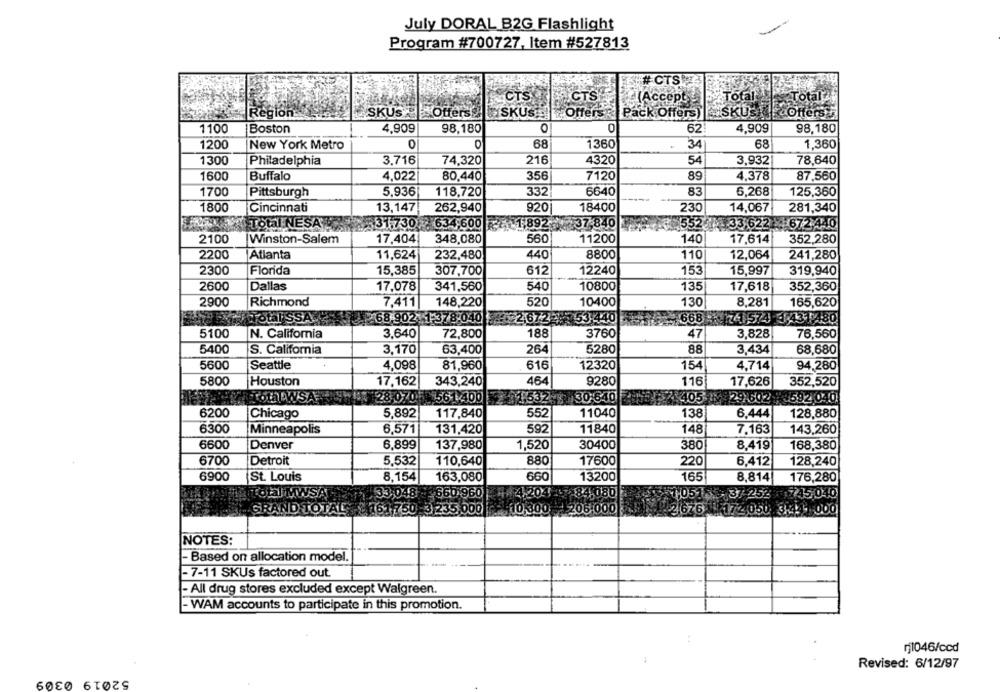
July DORAL B2G Flashlight
Program #700727, Item #527813
CTS
CTS
CTS-
elAccept
"Total !!
Total
Region
SKUS - Offers SKUS Offers Pack Offers) SKUs
Offers
1100
Boston
4,909
98,180
0
0
62!
4,909
98,180
1200
New York Metro
O
68
1360
34
68
1,360
1300
Philadelphia
3,716
74,320
216
4320
54
3,932
78,640
1600
Buffalo
4,022
80,440
356
7120
89
4,378
87,560
1700
Pittsburgh
5,936
118,720
332
6640
83
6,268
125,360
1800
262,940
920
18400
230
14,067
Cincinnati
13,147
281,340
Total NESA
31.730 : 634,600 1,892 37-840
552 1 33,622 - 672 440
2100
Winston-Salem
17,404
348,080
560
11200
140
17,614
352,280
2200
Atlanta
11,624
232,480
440
8800
110
12,064
241,280
15,385
612
153
2300
Florida
307,700
12240
15,997
319,940
2600
Dallas
17,078
341,560
540
10800
135
17,618
352,360
2900
Richmond
7,411
148,220
520
10400
130
8,281
165,620
Total SSA
68-902: 1:378-040
2,67.2ª
53-440
668 - 741574-4-431 480
5100
N. California
3,640
72,800
188
3760
47
3,828
76,560
5400
S. California
3.170
63,400
264
5280
88
3,434
68,680
5600
Seattle
4,098
81,960
616
12320
154
4,714
94,280
464
5800
Houston
17,162
343,240
9280
116
17,626
352,520
28,0705 11561 400
01.532-8 30:640
$405
29%5
592,040
6200
5,892
117,840
552
11040
138
6,444
128,880
Chicago
6300
Minneapolis
592
7.163
6,571
131,420
11840
148
143,260
6600
Denver
6,899
137,980
1,520
30400
380
8.419
168,380
6700
Detroit
5,532
110,640
880
17600
220
6,412
128,240
6900
St. Louis
8,154
163,080
660
13200
165
8,814
176,280
Total MWSA
33,048
+660 960
84,080
1,0515
37-252
745,040
GRAND TOTAL
161,750
235,000
$10,300 206:000
2 676
17 2050
725050 3:44-1000
NOTES:
- Based on allocation model.
- 7-11 SKUs factored out
- All drug stores excluded except Walgreen.
- WAM accounts to participate in this promotion.
rj1046/ccd
Revised: 6/12/97
52019 0309